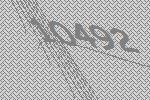
10492